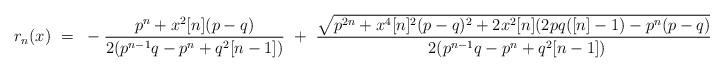
LaTeX: \begin{align*}r_{n}(x)~=~-\frac{p^n+x^2[n](p-q)}{2(p^{n-1}q-p^{n}+q^2[n-1])}~+~\frac{\sqrt{{p^{2n}+x^{4}[n]^{2}(p-q)^{2}+2x^{2}[n](2pq([n]-1)-p^n(p-q))}}}{2(p^{n-1}q-p^{n}+q^2[n-1])},\end{align*}